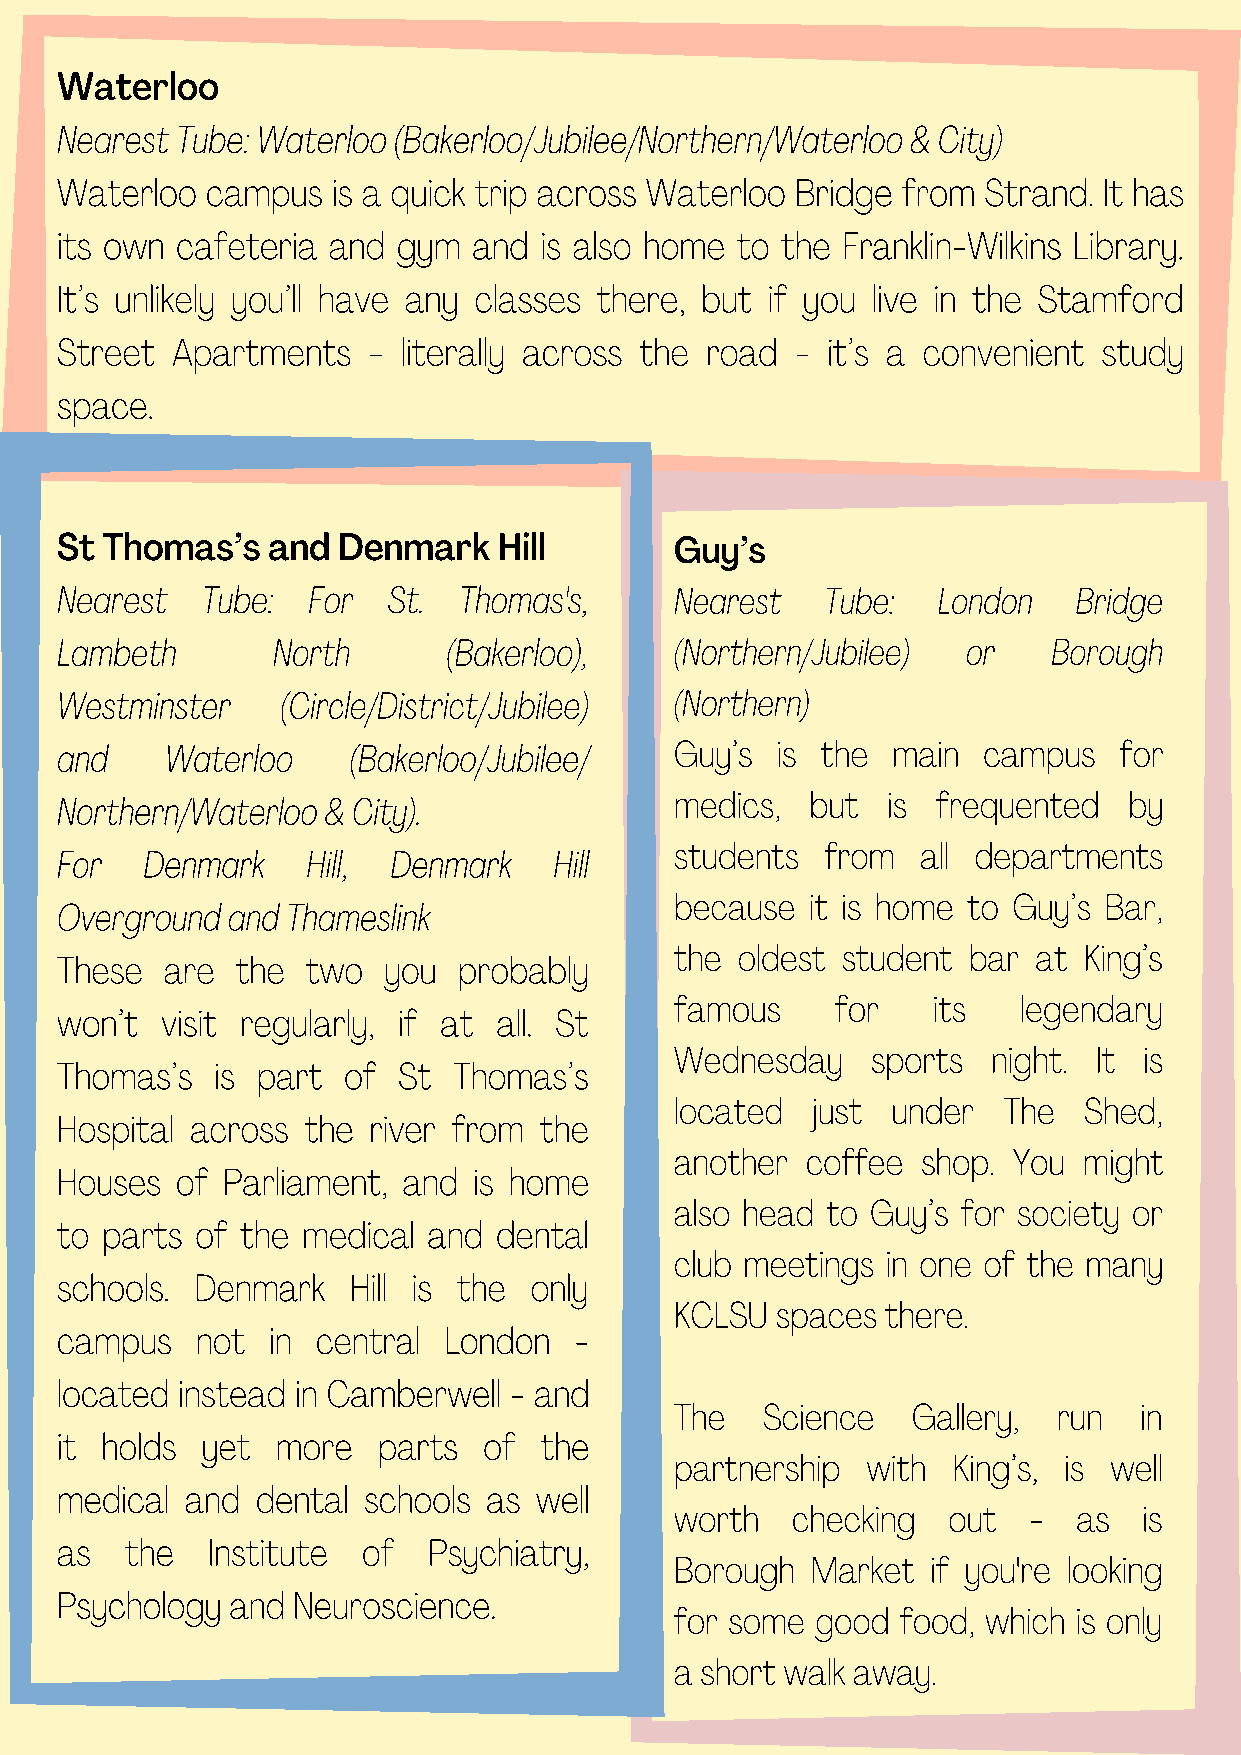
Waterloo
 Nearest Tube: Waterloo (Bakerloo/Jubilee/Northern/Waterloo & City)
 Waterloo  campus  is a quick trip across Waterloo Bridge from Strand. It has
 its own cafeteria and gym  and  is also home to the Franklin-Wilkins Library.
 It’s unlikely you’ll have any classes there, but if you live in the Stamford
 Street Apartments   -  literally across the road - it’s a convenient study
 space.
 St Thomas’s   and Denmark    Hill        Guy’s
 Nearest  Tube:  For   St. Thomas's,      Nearest   Tube:  London   Bridge
 Lambeth       North       (Bakerloo),    (Northern/Jubilee) or    Borough
 Westminster    (Circle/District/Jubilee) (Northern)
 and    Waterloo    (Bakerloo/Jubilee/    Guy’s is the  main  campus   for
 Northern/Waterloo & City).               medics,  but  is frequented   by
 students  from  all departments
 For  Denmark    Hill, Denmark    Hill
 because  it is home to Guy’s Bar,
 Overground and Thameslink
 the oldest student bar  at King’s
 These  are  the two  you  probably
 famous    for    its   legendary
 won’t  visit regularly, if at all. St
 Wednesday    sports  night. It is
 Thomas’s  is part  of St  Thomas’s
 located  just under  The   Shed,
 Hospital across the river from  the
 another coffee  shop. You  might
 Houses  of Parliament, and is home
 also head to Guy’s for society or
 to parts of the medical and  dental
 club meetings in one of the many
 schools. Denmark   Hill is the only
 KCLSU spaces  there.
 campus   not  in central London   -
 located instead in Camberwell - and
 The  Science   Gallery,  run  in
 it holds yet  more   parts  of  the
 partnership with  King’s, is well
 medical and  dental schools as well
 worth  checking   out  -  as   is
 as  the   Institute of  Psychiatry,
 Borough  Market  if you're looking
 Psychology and Neuroscience.
 for some good  food, which is only
 a short walk away.